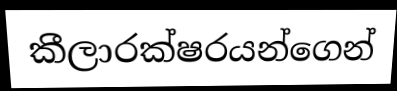
කීලාරක්ෂරයන්ගෙන්